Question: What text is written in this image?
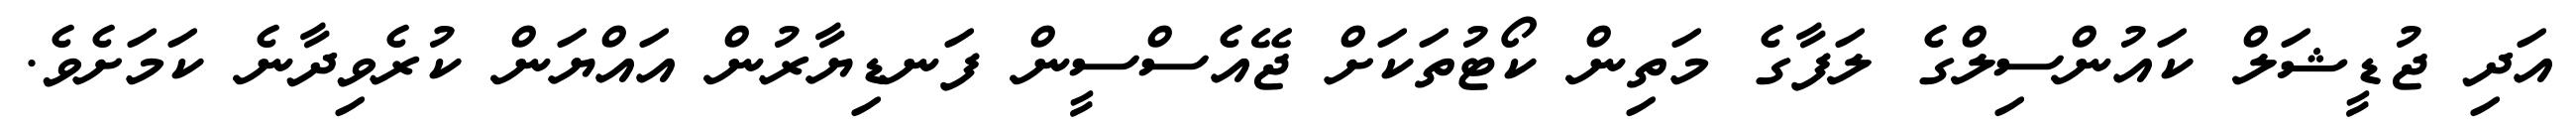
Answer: އަދި ޖުޑީޝަލް ކައުންސިލްގެ ލަފާގެ މަތިން ކޯޓުތަކަށް ޖޭއެސްސީން ފަނޑިޔާރުން އައްޔަން ކުރެވިދާނެ ކަމަށެވެ.